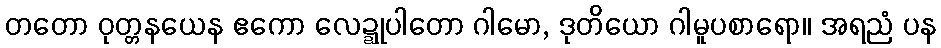
တတော ဝုတ္တနယေန ဧကော လေဍ္ဍုပါတော ဂါမော, ဒုတိယော ဂါမူပစာရော။ အရညံ ပန